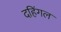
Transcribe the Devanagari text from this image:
दहिंगल